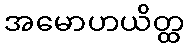
အမောဟယိတ္ထ